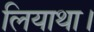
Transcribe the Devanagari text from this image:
लियाथा।